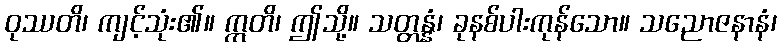
ဝုဿတိ၊ ကျင့်သုံး၏။ ဣတိ၊ ဤသို့။ သတ္တန္နံ၊ ခုနစ်ပါးကုန်သော။ သညောဇနာနံ၊